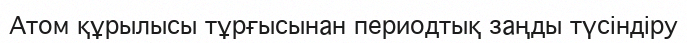
Атом құрылысы тұрғысынан периодтық заңды түсіндіру